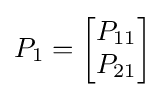
P_{1}={\begin{bmatrix}P_{11}\\P_{21}\end{bmatrix}}